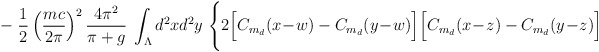
\begin{align*}- \; \frac{1}{2} \left(\frac{mc}{2\pi}\right)^2 \frac{4\pi^2}{\pi+g} \;\int_\Lambda d^2 x d^2y \; \Bigg\{2\Big[C_{m_d}(x\!-\!w)-C_{m_d}(y\!-\!w)\Big]\Big[C_{m_d}(x\!-\!z)-C_{m_d}(y\!-\!z)\Big]\end{align*}